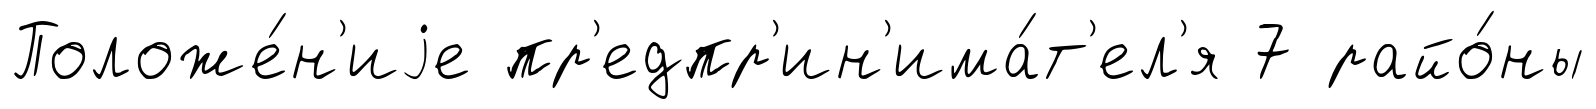
Положе́н'иjе пр'едпр'ин'има́т'ел'я 7 райо́ны